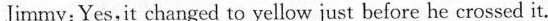
Jlimmy:Yes,it changed to yellow just before he crossed it.